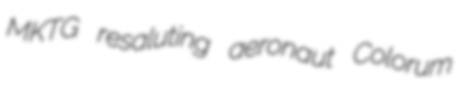
MKTG resaluting aeronaut Colorum